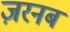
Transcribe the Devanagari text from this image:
ज़रनब